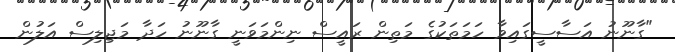
"ގާނޫނު އަސާސީގައިވާ ހަމަތަކުގެ މަތިން ރައީސް ނިންމަވަނީ ގާނޫނު ހަދާ މަޖިލިސް އަލުން